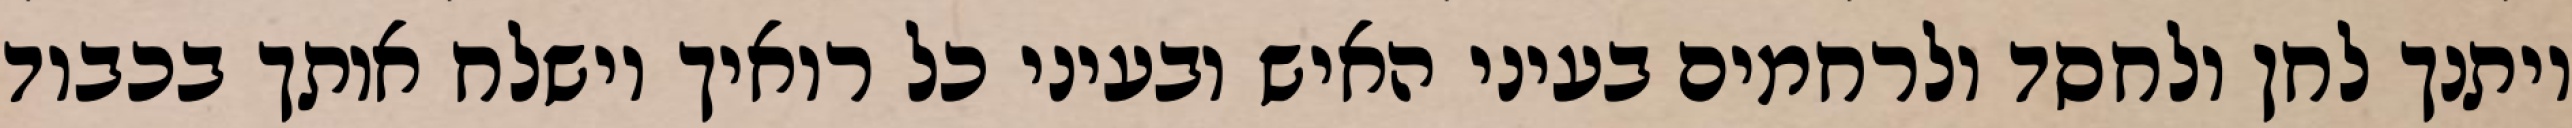
ויתנך לחן ולחסד ולרחמים בעיני האיש ובעיני כל רואיך וישלח אותך בכבוד